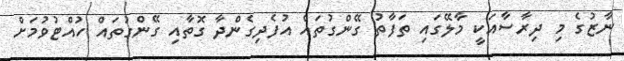
ނާޒުގެ މި ދިރާސާއަކީ މާލޭގައި ތަފާތު ގޭންގުތައް އުފެދިގެންދާ ގޮތާއި ގޭންގުތައް ހުއްޓުވުމަށް